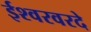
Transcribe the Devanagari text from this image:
ईश्वरवरदे